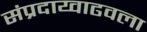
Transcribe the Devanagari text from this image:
संप्रदाय्वाढवला